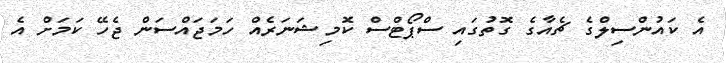
އެ ކައުންސިލްގެ ޗެއާގެ ގޮތުގައި ސްޕޯޓްސް ކޮމިޝަނަރެއް ހަމަޖައްސަން ޖެހޭ ކަމަށް އެ